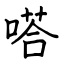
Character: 嗒